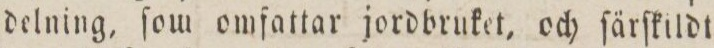
delning, ſom omfattar jordbruket, och ſärſkildt